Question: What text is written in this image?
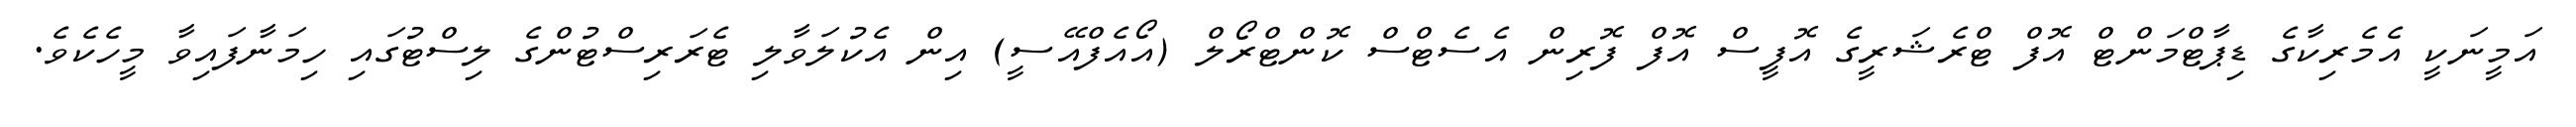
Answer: އަމީނަކީ އެމެރިކާގެ ޑިޕާޓްމަންޓް އޮފް ޓްރެޝަރީގެ އޮފީސް އޮފް ފޮރިން އެސެޓްސް ކޮންޓްރޯލް (އޯއެފްއޭސީ) އިން އެކުލަވާލި ޓެރަރިސްޓުންގެ ލިސްޓުގައި ހިމަނާފައިވާ މީހެކެވެ.